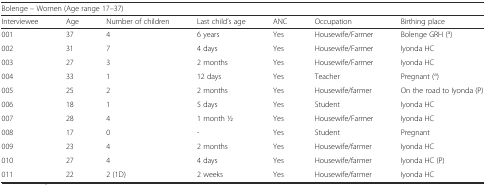
<table><thead><tr><td colspan="7"><b>Bolenge – Women (Age range 17–37)</b></td></tr><tr><td><b>Interviewee</b></td><td><b>Age</b></td><td><b>Number of children</b></td><td><b>Last child’s age</b></td><td><b>ANC</b></td><td><b>Occupation</b></td><td><b>Birthing place</b></td></tr></thead><tbody><tr><td>001</td><td>37</td><td>4</td><td>6 years</td><td>Yes</td><td>Housewife/Farmer</td><td>Bolenge GRH (<sup>a</sup>)</td></tr><tr><td>002</td><td>31</td><td>7</td><td>4 days</td><td>Yes</td><td>Housewife/Farmer</td><td>Iyonda HC</td></tr><tr><td>003</td><td>27</td><td>3</td><td>2 months</td><td>Yes</td><td>Housewife/Farmer</td><td>Iyonda HC</td></tr><tr><td>004</td><td>33</td><td>1</td><td>12 days</td><td>Yes</td><td>Teacher</td><td>Pregnant (<sup>a</sup>)</td></tr><tr><td>005</td><td>25</td><td>2</td><td>2 months</td><td>Yes</td><td>Housewife/farmer</td><td>On the road to Iyonda (P)</td></tr><tr><td>006</td><td>18</td><td>1</td><td>5 days</td><td>Yes</td><td>Student</td><td>Iyonda HC</td></tr><tr><td>007</td><td>28</td><td>4</td><td>1 month 1⁄2</td><td>Yes</td><td>Housewife/Farmer</td><td>Iyonda HC</td></tr><tr><td>008</td><td>17</td><td>0</td><td>-</td><td>Yes</td><td>Student</td><td>Pregnant</td></tr><tr><td>009</td><td>23</td><td>4</td><td>2 months</td><td>Yes</td><td>Housewife/farmer</td><td>Iyonda HC</td></tr><tr><td>010</td><td>27</td><td>4</td><td>4 days</td><td>Yes</td><td>Housewife/farmer</td><td>Iyonda HC (P)</td></tr><tr><td>011</td><td>22</td><td>2 (1D)</td><td>2 weeks</td><td>Yes</td><td>Housewife/farmer</td><td>Iyonda HC</td></tr></tbody></table>